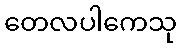
တေလပါကေသု